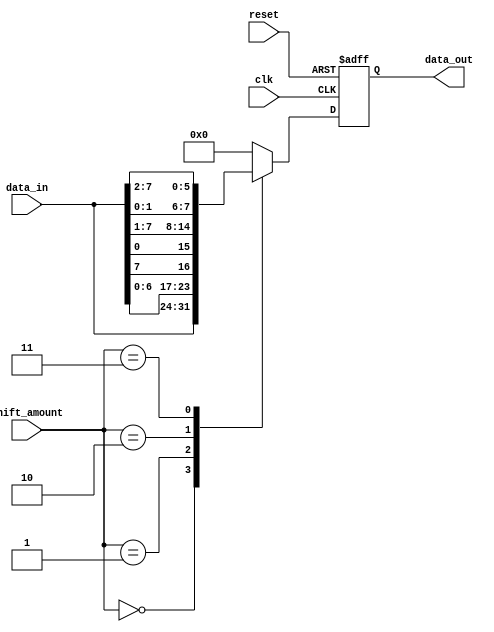
module barrel_shifter(
    input wire clk,
    input wire reset,
    input wire [3:0] shift_amount,
    input wire [7:0] data_in,
    output reg [7:0] data_out
);

reg [7:0] shifted_data;

always @(posedge clk or posedge reset) begin
    if (reset) begin
        shifted_data <= 8'b0;
    end else begin
        case(shift_amount)
            4'b0000: shifted_data <= data_in;
            4'b0001: shifted_data <= {data_in[6:0], data_in[7]};
            4'b0010: shifted_data <= {data_in[5:0], data_in[7:1]};
            4'b0011: shifted_data <= {data_in[4:0], data_in[7:2]};
            // Add more cases as needed for more shifting stages
            default: shifted_data <= 8'b0;
        endcase
    end
end

assign data_out = shifted_data;

endmodule